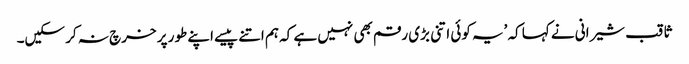
ثاقب شیرانی نے کہا کہ ’یہ کوئی اتنی بڑی رقم بھی نہیں ہے کہ ہم اتنے پیسے اپنے طور پر خرچ نہ کر سکیں۔